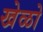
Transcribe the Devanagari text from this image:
खेळो